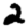
Digit: 2